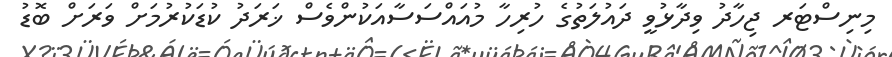
މިނިސްޓަރ ޖިހާދު ވިދާޅުވީ ދައުލަތުގެ ހުރިހާ މުއައްސަސާއަކުންވެސް ޚަރަދު ކުޑަކުރުމަށް ވަރަށް ބޮޑު